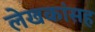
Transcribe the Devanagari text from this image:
लेखकांसह